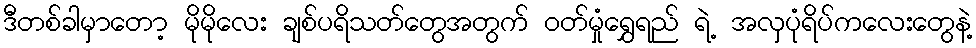
ဒီတစ်ခါမှာတော့ မိုမိုလေး ချစ်ပရိသတ်တွေအတွက် ဝတ်မှုံရွှေရည် ရဲ့ အလှပုံရိပ်ကလေးတွေနဲ့